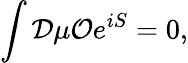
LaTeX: \int{\cal D}\mu{{\cal O}}e^{iS}=0,